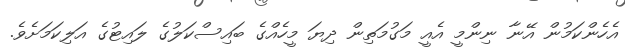
އެހެންކަމުން އޭނާ ނިންމީ އެއީ މަގުމަތިން ދިޔަ މީހެއްގެ ބައިސްކަލުގެ ލައިޓުގެ އަލިކަމަށެވެ.